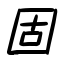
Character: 固